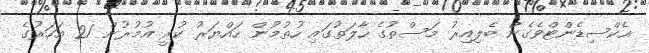
އެކްސިޑެންޓްވެގެން ބެލިއިރު މަސްތުގެ ހާލަތުގައި ހުތުމުން ހައްޔަރު ކުރީ އުމުރުން 21 އަހަރުގެ